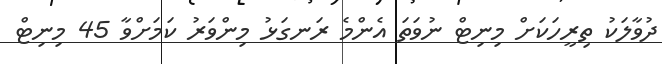
ދުވާލަކު ތިރީހަކަށް މިނިޓް ނުވަތަ އެންމެ ރަނގަޅު މިންވަރު ކަމަށްވާ 45 މިނިޓް